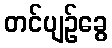
တင်ပျဉ်ခွေ